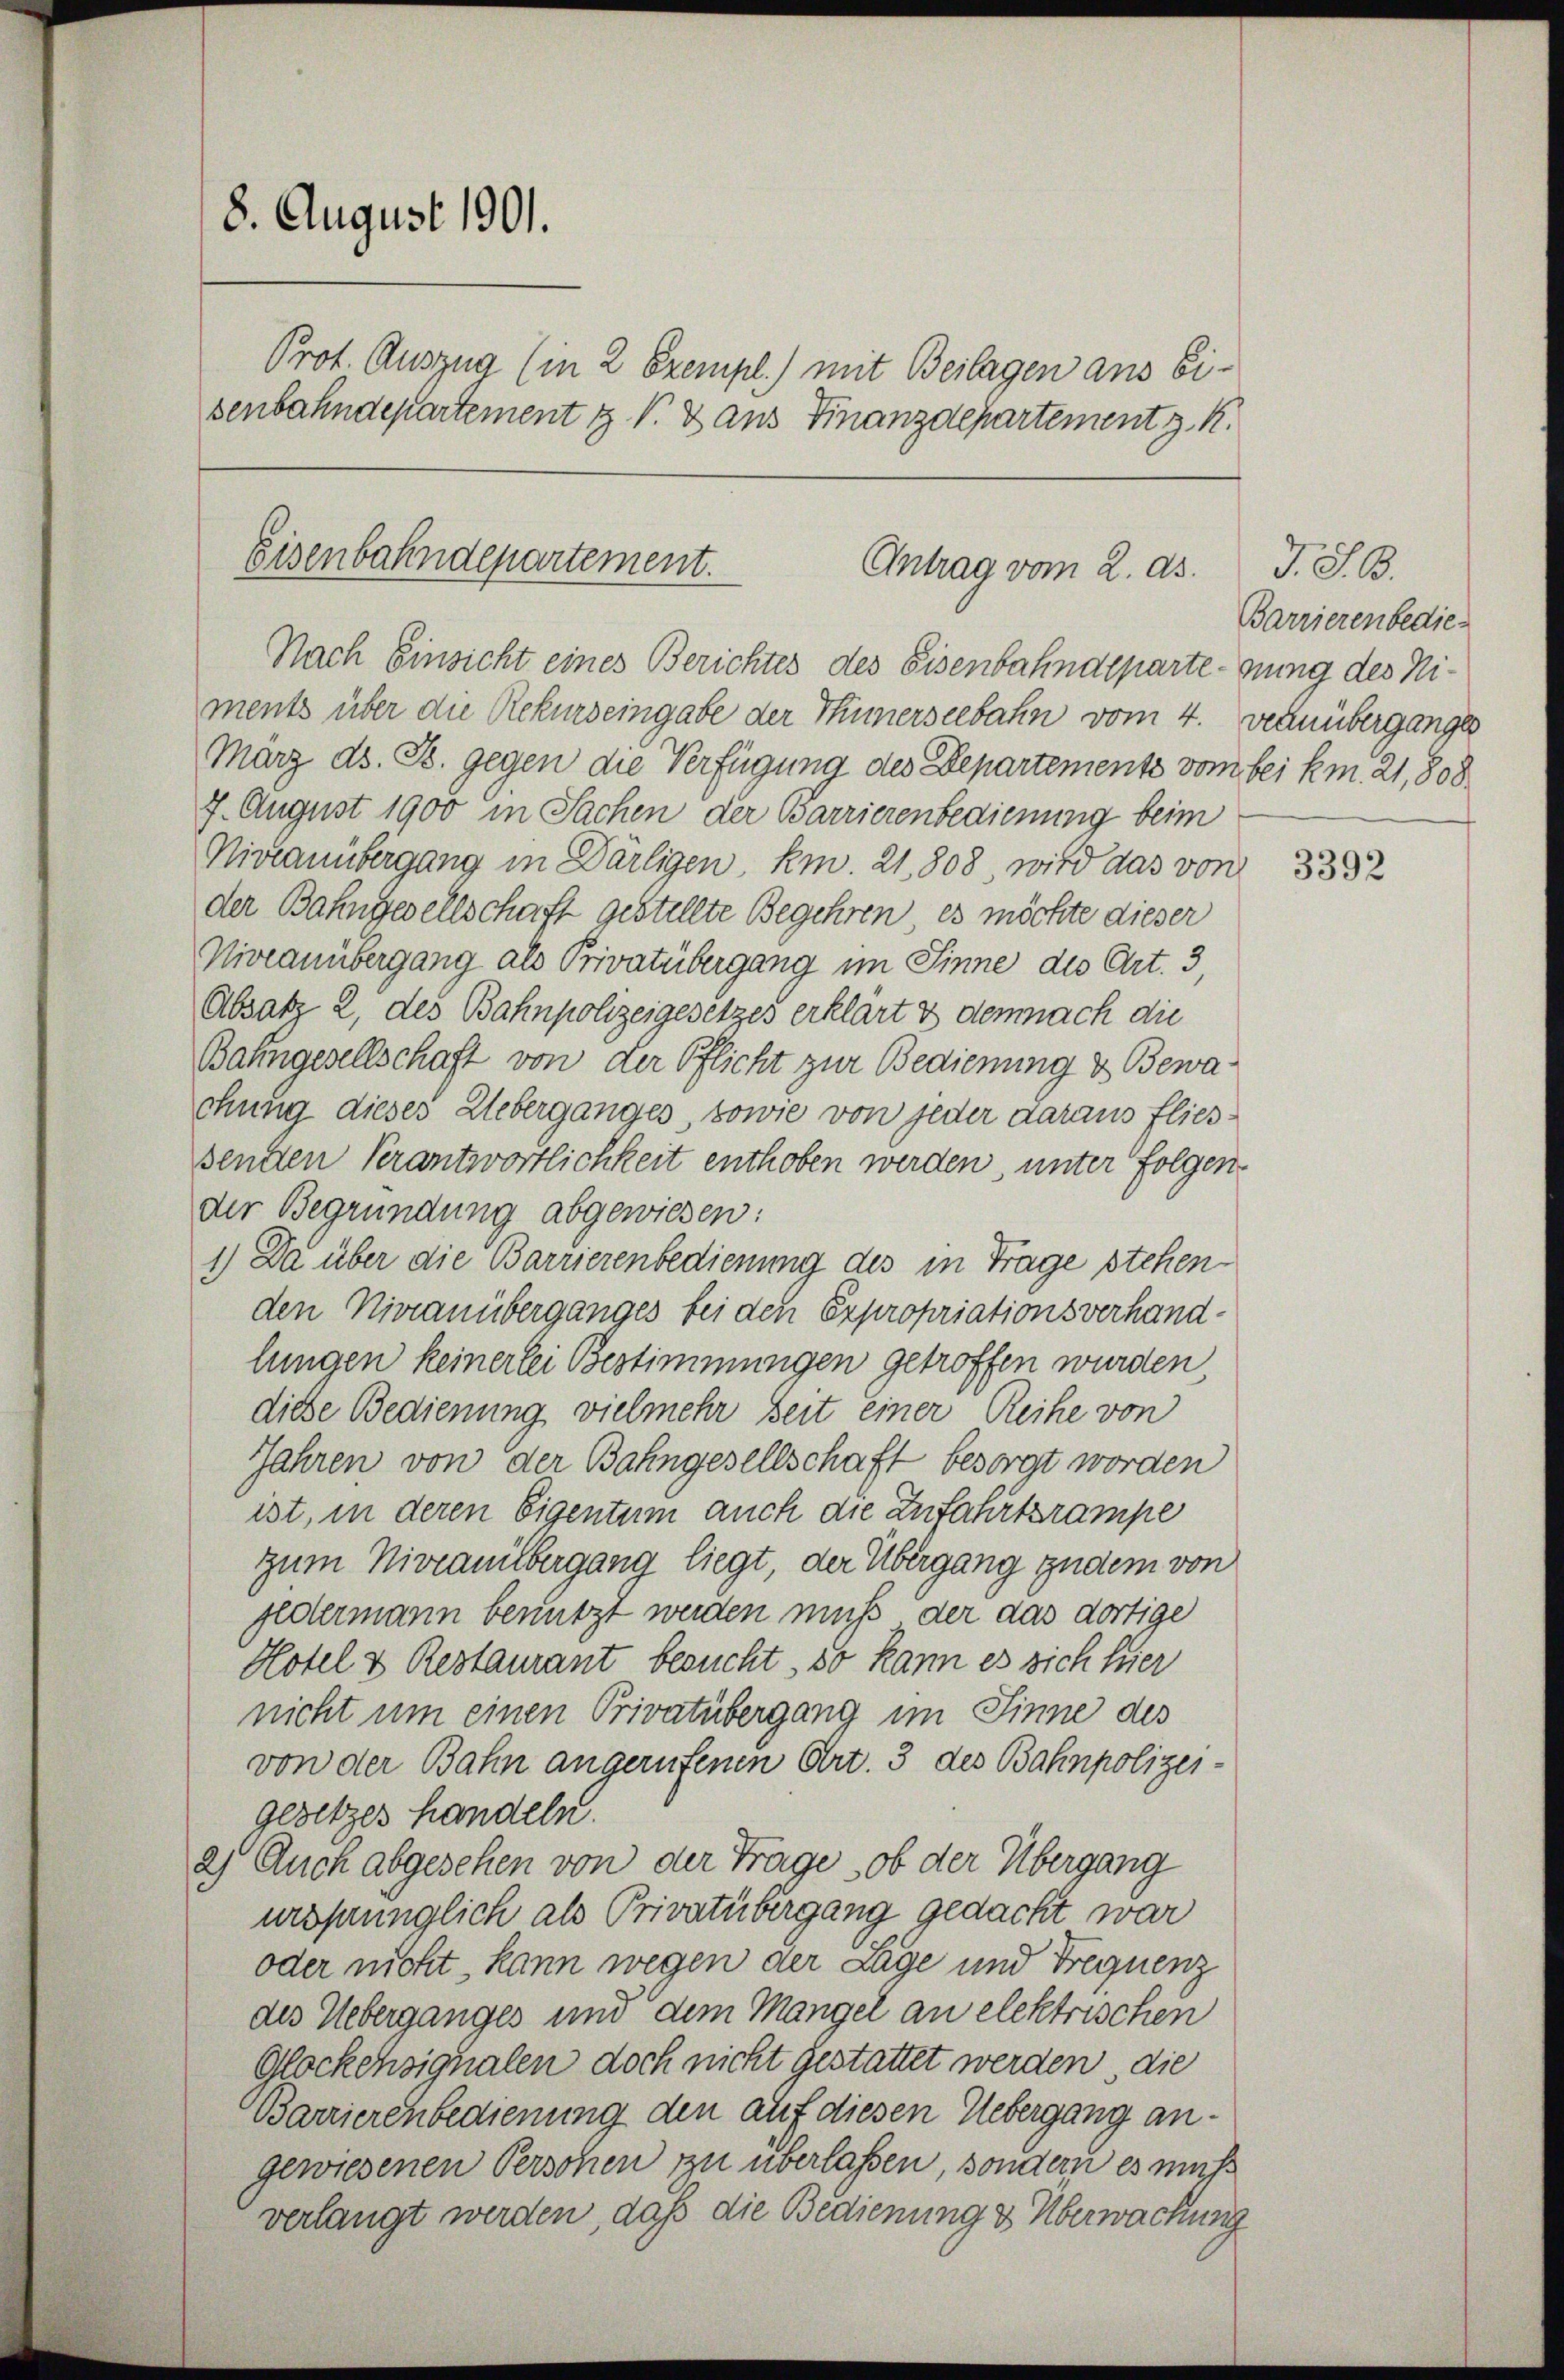
8. August 1901.
Prot. Auszua (in 2 Exempl.) mit Beilagen ans Eisenbahndepartement & V 2 aus Finanzdepartement z. K.

Eisenbahndepartement.
Antrag vom 2. Ap
Nach Einsicht eines Berichtes des Eisenbahndepartenung des Ni¬

ments über die Rekurseingabe der Thunerseebahn vom 4. vernüberganges
März ds. B. gegen die Verfügung des Departements vom bei km. 21,808
7. August 1900 in Sachen der Barrierenbedienung beim
Niveauübergang in Därligen, km. 21, 808, wird das von
der Bahngesellschaft gestellte Begehren, es möchte dieser
Niveauübergang als Privatübergang im Sinne die Art. 3,
Absatz 2, des Bahnpolizeigesetzes erklärt es demnach die
Bahngesellschaft von der Pflicht zur Bedienung & Bewachung dieses Ueberganges, sowie von jeder daraus fliessenden Verantwortlichkeit enthoben werden, unter folgender Begründung abgewiesen:
1.) Da über die Barrierenbedienung des in Trage stehenden Niveauüberganges bei den Expropriationsverhandlungen keinerlei Bestimmungen getroffen wurden
diese Bedienung vielmehr seit einer Reihe von
Jahren von der Bahngesellschaft besorgt worden
ist, in deren Eigentum auch die Zufahrtsrampe
zum Niveauilbergang liegt, der Übergang zudem von
jedermann benutzt werden muß der das dortige
Hotel & Restaurant besucht, so kann es sich hier
nicht um einen Privatübergang im Sinne des
von der Bahn angerufenen Art. 3 des Bahnpolizeigesetzes handeln.
2) Auch abgesehen von der Trage, ob der Übergang
ursprünglich als Privatübergang gedacht war
oder nicht kann wegen der Lage und Frequenz
des Ueberganges und dem Mangel an elektrischen
Glockehsignalen doch nicht gestattet werden, die
Barrierenbedienung den auf diesen Uebergang angewiesenen Persohen zu überlassen, sondern es muß
verlangt werden, daß die Bedienung & Überwachung

J. S. B.
Barrieren bedie

3392